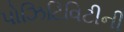
પોઝિટિવિટીની